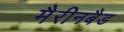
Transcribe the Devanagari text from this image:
मैरीनबैड